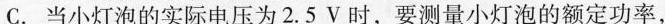
C.当小灯泡的实际电压为2.5V时，要测量小灯泡的额定功率，